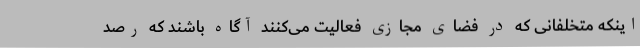
اینکه متخلفانی که در فضای مجازی فعالیت می‌کنند آگاه باشند که رصد